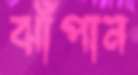
ঝাঁপান